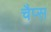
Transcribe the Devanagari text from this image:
चैप्स